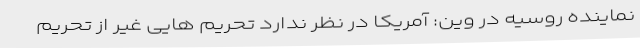
نماینده روسیه در وین: آمریکا در نظر ندارد تحریم هایی غیر از تحریم